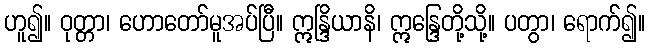
ဟူ၍။ ဝုတ္တာ၊ ဟောတော်မူအပ်ပြီ။ ဣန္ဒြိယာနိ၊ ဣန္ဒြေတို့သို့။ ပတွာ၊ ရောက်၍။